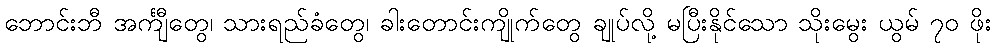
ဘောင်းဘီ အင်္ကျီတွေ၊ သားရည်ခံတွေ၊ ခါးတောင်းကျိုက်တွေ ချုပ်လို့ မပြီးနိုင်သော သိုးမွေး ယွမ် ၇၀ ဖိုး